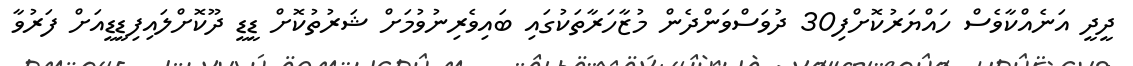
ދީދީ އަނެއްކާވެސް ހައްޔަރުކޮށްފި30 ދުވަސްވަންދެން މުޒާހަރާތަކުގައި ބައިވެރިނުވުމަށް ޝަރުތުކޮށް ޑީޑީ ދޫކޮށްލައިފިޑީޑީއަށް ފަރުވާ